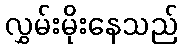
လွှမ်းမိုးနေသည်